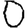
Digit: 0